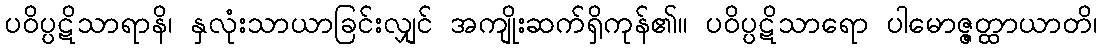
ပဝိပ္ပဋိသာရာနိ၊ နှလုံးသာယာခြင်းလျှင် အကျိုးဆက်ရှိကုန်၏။ ပဝိပ္ပဋိသာရော ပါမောဇ္ဇတ္ထာယာတိ၊